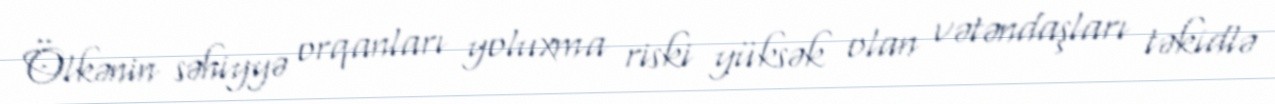
Ölkənin səhiyyə orqanları yoluxma riski yüksək olan vətəndaşları təkidlə